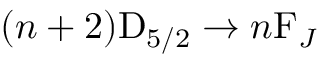
( n + 2 ) \mathrm { D } _ { 5 / 2 } \to n \mathrm { F } _ { J }